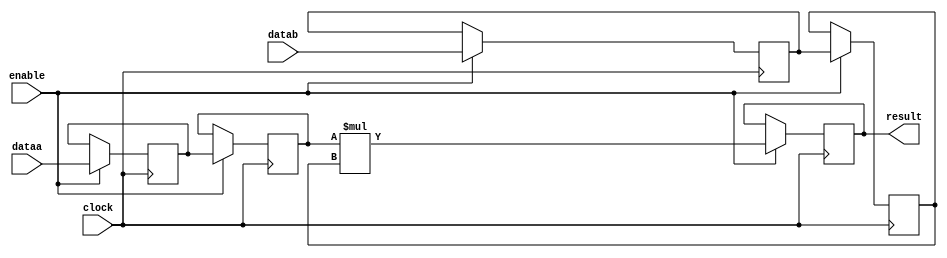
module acl_int_mult32s_s5 (
	enable,
	clock,
	dataa,
	datab,
	result);

  parameter INPUT1_WIDTH = 32;
  parameter INPUT2_WIDTH = 32;

  localparam INPUT1_WIDTH_WITH_SIGN = INPUT1_WIDTH < 32 ? INPUT1_WIDTH + 1 : INPUT1_WIDTH;
  localparam INPUT2_WIDTH_WITH_SIGN = INPUT2_WIDTH < 32 ? INPUT2_WIDTH + 1 : INPUT2_WIDTH;
    
	input	  enable;
	input	  clock;
	input	[INPUT1_WIDTH_WITH_SIGN - 1 : 0]  dataa;
	input	[INPUT2_WIDTH_WITH_SIGN - 1 : 0]  datab;

	(* altera_attribute = "-name auto_shift_register_recognition OFF" *) output reg [31:0] result;
	(* altera_attribute = "-name auto_shift_register_recognition OFF" *) reg [INPUT1_WIDTH_WITH_SIGN - 1 : 0]  reg_dataa;
	(* altera_attribute = "-name auto_shift_register_recognition OFF" *) reg [INPUT2_WIDTH_WITH_SIGN - 1 : 0]  reg_datab;
	(* altera_attribute = "-name auto_shift_register_recognition OFF" *) reg [INPUT1_WIDTH_WITH_SIGN - 1 : 0]  reg_dataa2;
	(* altera_attribute = "-name auto_shift_register_recognition OFF" *) reg [INPUT2_WIDTH_WITH_SIGN - 1 : 0]  reg_datab2;

generate
if(INPUT1_WIDTH>=19 && INPUT1_WIDTH<=27 && INPUT2_WIDTH>=19 && INPUT2_WIDTH<=27)
begin
  // Use a special WYSIWYG for the 27x27 multiplier mode

  always@(posedge clock)
  begin
    if (enable)
    begin
      reg_dataa <= dataa;
      reg_datab <= datab;
    end
  end

  wire [53:0] mul_result;
  wire [26:0] inp_a;
  wire [26:0] inp_b;

  assign inp_a = reg_dataa;
  assign inp_b = reg_datab;

  sv_mult27 the_multiplier(clock,enable,inp_a,inp_b,mul_result);

  always@(*)
  begin
     result <= mul_result;
  end
end
else
begin
  // Default LPM_MULT inference
  always@(posedge clock)
  begin
    if (enable)
    begin
      result <= reg_dataa2 * reg_datab2; 
      reg_dataa <= dataa;
      reg_datab <= datab;
      reg_dataa2 <= reg_dataa;
      reg_datab2 <= reg_datab;
    end
  end
end
endgenerate

endmodule